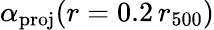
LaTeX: \alpha_{\mathrm{proj}}(r=0.2\, r_{500})